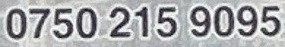
0750 215 9095